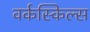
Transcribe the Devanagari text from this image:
वर्कस्किल्स